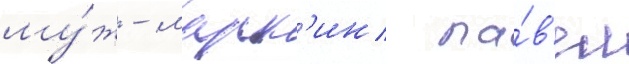
му́ж - марк'ин па́в'ел